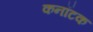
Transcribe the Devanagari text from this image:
कनॉटक